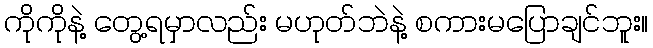
ကိုကိုနဲ့ တွေ့ရမှာလည်း မဟုတ်ဘဲနဲ့ စကားမပြောချင်ဘူး။